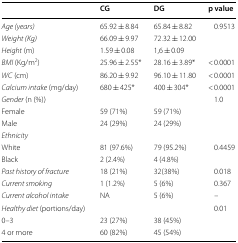
<table><thead><tr><td></td><td><b>CG</b></td><td><b>DG</b></td><td><b>p value</b></td></tr></thead><tbody><tr><td><i>Age (years)</i></td><td>65.92 ± 8.84</td><td>65.84 ± 8.82</td><td>0.9513</td></tr><tr><td><i>Weight (Kg)</i></td><td>66.09 ± 9.97</td><td>72.32 ± 12.00</td><td></td></tr><tr><td><i>Height</i> (m)</td><td>1.59 ± 0.08</td><td>1,6 ± 0.09</td><td></td></tr><tr><td><i>BMI</i> (Kg/m<sup>2</sup>)</td><td>25.96 ± 2.55*</td><td>28.16 ± 3.89*</td><td>&lt; 0.0001</td></tr><tr><td><i>WC</i> (cm)</td><td>86.20 ± 9.92</td><td>96.10 ± 11.80</td><td>&lt; 0.0001</td></tr><tr><td><i>Calcium intake</i> (mg/day)</td><td>680 ± 425*</td><td>400 ± 304*</td><td>&lt; 0.0001</td></tr><tr><td colspan="3"><i>Gender</i> (n (%))</td><td>1.0</td></tr><tr><td>Female</td><td>59 (71%)</td><td>59 (71%)</td><td></td></tr><tr><td>Male</td><td>24 (29%)</td><td>24 (29%)</td><td></td></tr><tr><td colspan="4"><i>Ethnicity</i></td></tr><tr><td>White</td><td>81 (97.6%)</td><td>79 (95.2%)</td><td>0.4459</td></tr><tr><td>Black</td><td>2 (2.4%)</td><td>4 (4.8%)</td><td></td></tr><tr><td><i>Past history of fracture</i></td><td>18 (21%)</td><td>32(38%)</td><td>0.018</td></tr><tr><td><i>Current smoking</i></td><td>1 (1.2%)</td><td>5 (6%)</td><td>0.367</td></tr><tr><td><i>Current alcohol intake</i></td><td>NA</td><td>5 (6%)</td><td>–</td></tr><tr><td colspan="3"><i>Healthy diet</i> (portions/day)</td><td>0.01</td></tr><tr><td>0–3</td><td>23 (27%)</td><td>38 (45%)</td><td></td></tr><tr><td>4 or more</td><td>60 (82%)</td><td>45 (54%)</td><td></td></tr></tbody></table>